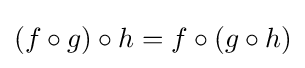
(f\circ g)\circ h=f\circ (g\circ h)